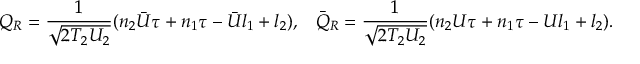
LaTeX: Q _ { R } = \frac { 1 } { \sqrt { 2 T _ { 2 } U _ { 2 } } } ( n _ { 2 } { \bar { U } } \tau + n _ { 1 } \tau - { \bar { U } } l _ { 1 } + l _ { 2 } ) , \; \; \; { \bar { Q } } _ { R } = \frac { 1 } { \sqrt { 2 T _ { 2 } U _ { 2 } } } ( n _ { 2 } U \tau + n _ { 1 } \tau - U l _ { 1 } + l _ { 2 } ) .